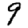
Digit: 9